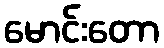
မောင်းတော